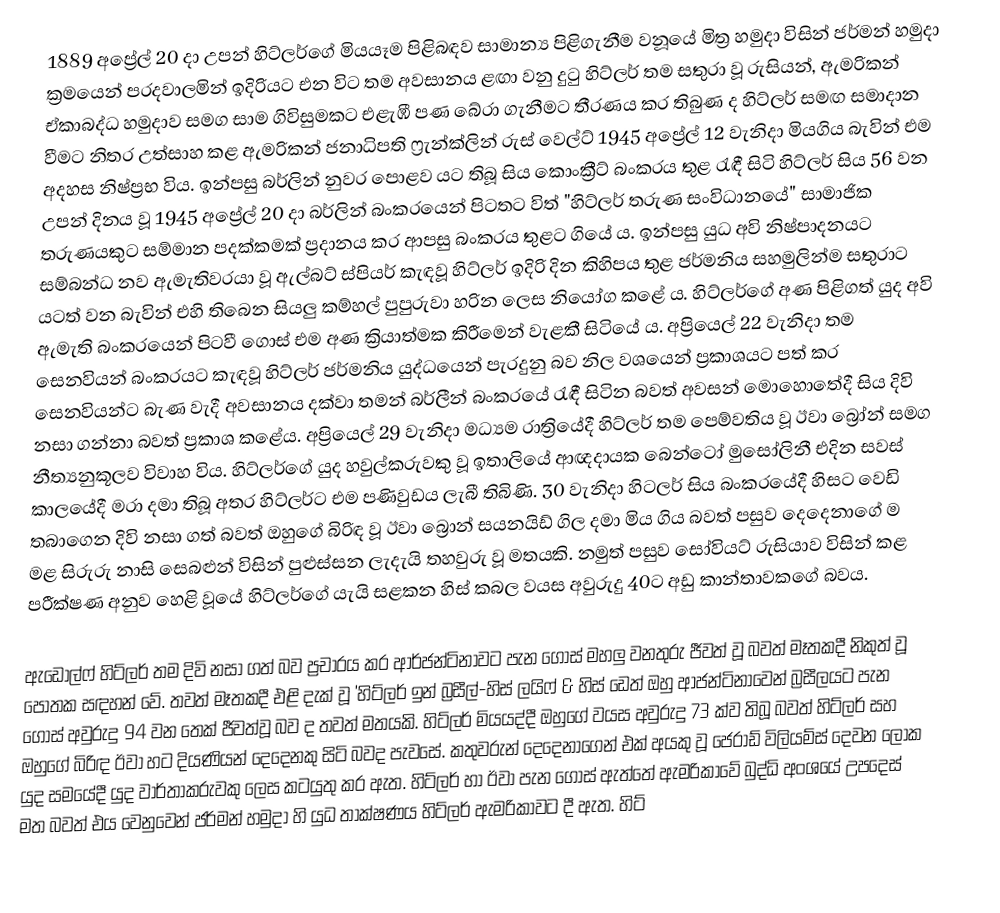
1889 අප්‍රේල් 20 දා උපන් හිට්ලර්ගේ මියයෑම පිළිබඳව සාමාන්‍ය පිළිගැනීම වනූයේ මිත්‍ර හමුදා විසින් ජර්මන් හමුදා ක්‍රමයෙන් පරදවාලමින් ඉදිරියට එන විට තම අවසානය ළඟා වනු දුටු හිට්‌ලර් තම සතුරා වූ රුසියන්, ඇමරිකන් ඒකාබද්ධ හමුදාව සමග සාම ගිවිසුමකට එළැඹී පණ බේරා ගැනීමට තීරණය කර තිබුණ ද හිට්‌ලර් සමඟ සමාදාන වීමට නිතර උත්සාහ කළ ඇමරිකන් ජනාධිපති ෆ්‍රැන්ක්‌ලින් රුස්‌ වෙල්ට්‌ 1945 අප්‍රේල් 12 වැනිදා මියගිය බැවින් එම අදහස නිෂ්ප්‍රභ විය. ඉන්පසු බර්ලින් නුවර පොළව යට තිබූ සිය කොංක්‍රීට්‌ බංකරය තුළ රැඳී සිටි හිට්‌ලර් සිය 56 වන උපන් දිනය වූ 1945 අප්‍රේල් 20 දා බර්ලින් බංකරයෙන් පිටතට විත් "හිට්‌ලර් තරුණ සංවිධානයේ" සාමාජික තරුණයකුට සම්මාන පදක්‌කමක්‌ ප්‍රදානය කර ආපසු බංකරය තුළට ගියේ ය. ඉන්පසු යුධ අවි නිෂ්පාදනයට සම්බන්ධ නව ඇමැතිවරයා වූ ඇල්බට් ස්පියර් කැඳවූ හිට්‌ලර් ඉදිරි දින කිහිපය තුළ ජර්මනිය සහමුලින්ම සතුරාට යටත් වන බැවින් එහි තිබෙන සියලු කම්හල් පුපුරුවා හරින ලෙස නියෝග කළේ ය. හිට්‌ලර්ගේ අණ පිළිගත් යුද අවි ඇමැති බංකරයෙන් පිටවී ගොස්‌ එම අණ ක්‍රියාත්මක කිරීමෙන් වැළකී සිටියේ ය. අප්‍රියෙල් 22 වැනිදා තම සෙනවියන් බංකරයට කැඳවූ හිට්‌ලර් ජර්මනිය යුද්ධයෙන් පැරදුනු බව නිල වශයෙන් ප්‍රකාශයට පත් කර සෙනවියන්ට බැණ වැදී අවසානය දක්‌වා තමන් බර්ලීන් බංකරයේ රැඳී සිටින බවත් අවසන් මොහොතේදී සිය දිවි නසා ගන්නා බවත් ප්‍රකාශ කළේය. අප්‍රියෙල් 29 වැනිදා මධ්‍යම රාත්‍රියේදී හිට්‌ලර් තම පෙම්වතිය වූ ඊවා බ්‍රෝන් සමග නීත්‍යනුකූලව විවාහ විය. හිට්‌ලර්ගේ යුද හවුල්කරුවකු වූ ඉතාලියේ ආඥදායක බෙන්ටෝ මුසෝලිනී එදින සවස්‌ කාලයේදී මරා දමා තිබූ අතර හිට්‌ලර්ට එම පණිවුඩය ලැබී තිබිණි. 30 වැනිදා හිටලර් සිය බංකරයේදී හිසට වෙඩි තබාගෙන දිවි නසා ගත් බවත් ඔහුගේ බිරිඳ වූ ඊවා බ්‍රොන් සයනයිඩ් ගිල දමා මිය ගිය බවත් පසුව දෙදෙනාගේ ම මළ සිරුරු නාසි සෙබළුන් විසින් පුළුස්‌සන ලැදැයි තහවුරු වූ මතයකි. නමුත් පසුව සෝවියට් රුසියාව විසින් කළ පරීක්ෂණ අනුව හෙළි වූයේ හිට්ලර්ගේ යැයි සළකන හිස් කබල වයස අවුරුදු 40ට අඩු කාන්තාවකගේ බවය.

ඇඩොල්ෆ් හිට්‌ලර් තම දිවි නසා ගත් බව ප්‍රචාරය කර ආර්ජන්ටිනාවට පැන ගොස්‌ මහලු වනතුරු ජීවත් වූ බවත් මෑතකදී නිකුත් වූ පොතක සඳහන් වේ. තවත් මෑතකදී එළි දැක් වූ 'හිට්ලර් ඉන් බ්‍රසීල්-හිස් ලයිෆ් & හිස් ඩෙත් ඔහු ආජන්ටිනාවෙන් බ්‍රසීලයට පැන ගොස් අවුරුදු 94 වන තෙක් ජීවත්වූ බව ද තවත් මතයකි. හිට්‌ලර් මියයද්දී ඔහුගේ වයස අවුරුදු 73 ක්‌ව තිබූ බවත් හිට්‌ලර් සහ ඔහුගේ බිරිඳ ඊවා හට දියණියන් දෙදෙනකු සිටි බවද පැවසේ. කතුවරුන් දෙදෙනාගෙන් එක්‌ අයකු වූ ජෙරාඩ් විලියම්ස්‌ දෙවන ලෝක යුද සමයේදී යුද වාර්තාකරුවකු ලෙස කටයුතු කර ඇත. හිට්‌ලර් හා ඊවා පැන ගොස් ඇත්තේ ඇමරිකාවේ බුද්ධි අංශයේ උපදෙස් මත බවත් එය වෙනුවෙන් ජර්මන් හමුදා හි යුධ තාක්ෂණය හිට්‌ලර් ඇමරිකාවට දී ඇත. හිට්‌